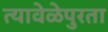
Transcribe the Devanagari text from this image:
त्यावेळेपुरता